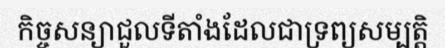
កិច្ចសន្យាជួលទីតាំងដែលជាទ្រព្យសម្បត្តិ